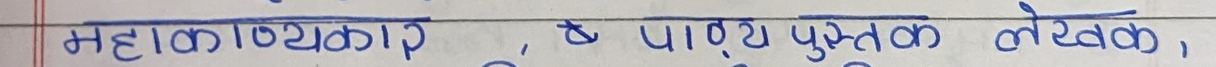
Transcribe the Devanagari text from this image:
महाकाव्यकार, ते पाठ्यपुस्तक लेखक,